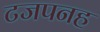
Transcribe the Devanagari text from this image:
टजपनह